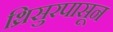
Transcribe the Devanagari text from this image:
थ्रिसुरपासून